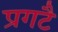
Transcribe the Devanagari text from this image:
प्रगटै